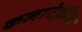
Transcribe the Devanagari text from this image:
कलाटेक्नीक